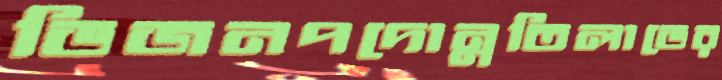
ডিজনপদোন্নতিলাভের